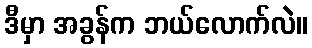
ဒီမှာ အခွန်က ဘယ်လောက်လဲ။